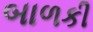
બાળકી